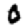
Digit: 0